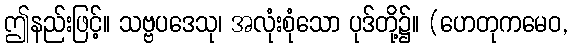
ဤနည်းဖြင့်။ သဗ္ဗပဒေသု၊ အလုံးစုံသော ပုဒ်တို့၌။ (ဟေတုကမေဝ,